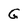
Character: G